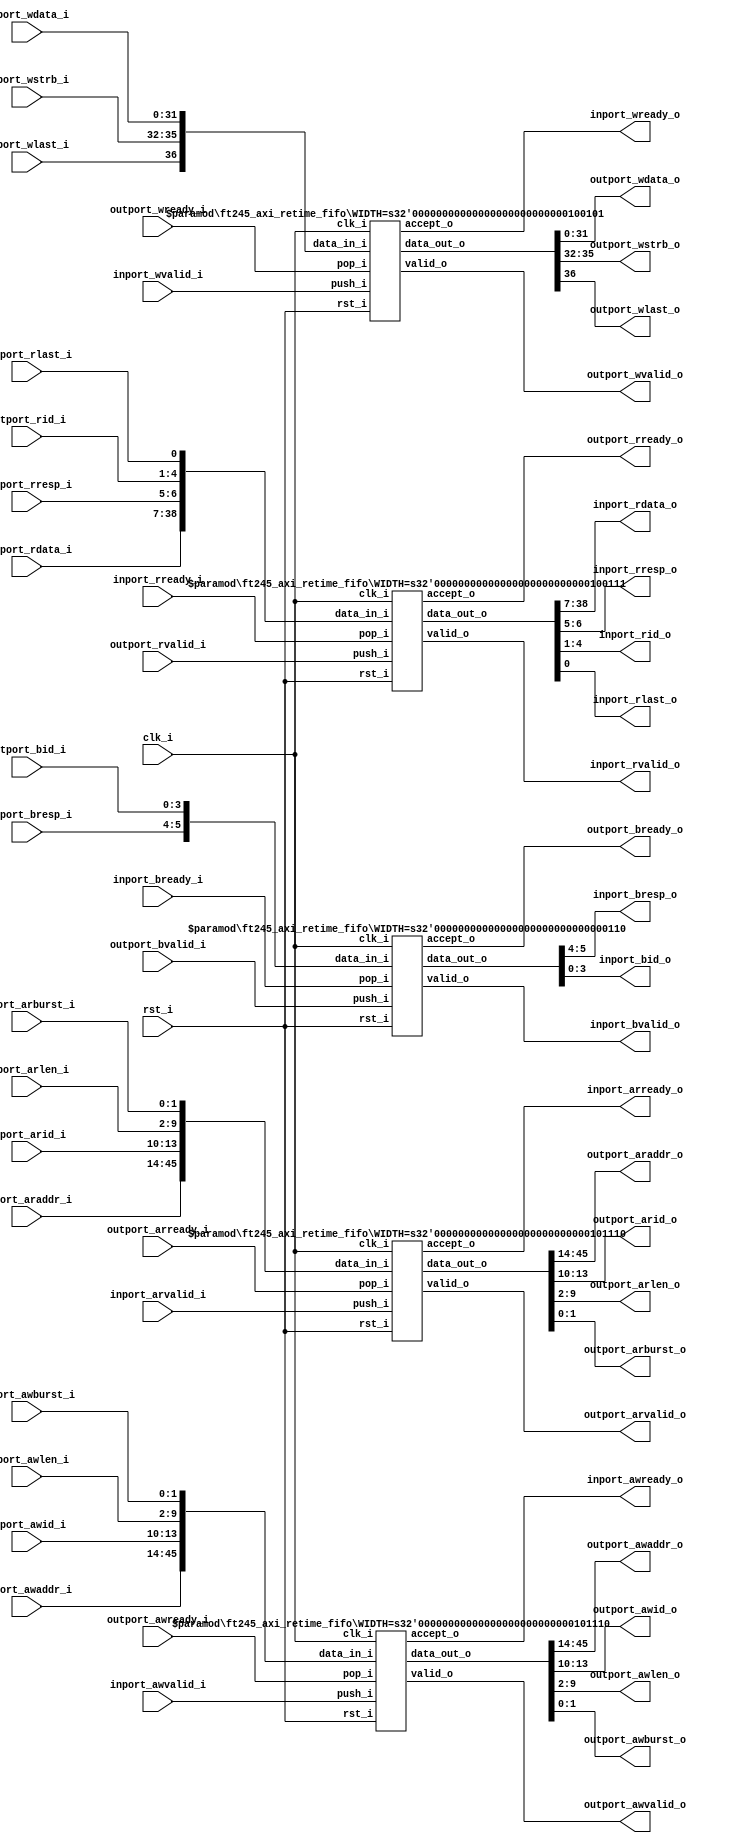
//-----------------------------------------------------------------
//                         open-logic-bit
//                            V0.1
//                        Copyright 2021
//              github.com/ultraembedded/openlogicbit
//
//                   admin@ultra-embedded.com
//
//                     License: Apache 2.0
//-----------------------------------------------------------------
// Copyright 2021 Ultra-Embedded.com
// 
// Licensed under the Apache License, Version 2.0 (the "License");
// you may not use this file except in compliance with the License.
// You may obtain a copy of the License at
// 
//     http://www.apache.org/licenses/LICENSE-2.0
// 
// Unless required by applicable law or agreed to in writing, software
// distributed under the License is distributed on an "AS IS" BASIS,
// WITHOUT WARRANTIES OR CONDITIONS OF ANY KIND, either express or implied.
// See the License for the specific language governing permissions and
// limitations under the License.
//-----------------------------------------------------------------
module ft245_axi_retime
//-----------------------------------------------------------------
// Params
//-----------------------------------------------------------------
#(
     parameter AXI4_RETIME_WR_REQ = 1
    ,parameter AXI4_RETIME_WR_RESP = 1
    ,parameter AXI4_RETIME_RD_REQ = 1
    ,parameter AXI4_RETIME_RD_RESP = 1
)
//-----------------------------------------------------------------
// Ports
//-----------------------------------------------------------------
(
    // Inputs
     input           clk_i
    ,input           rst_i
    ,input           inport_awvalid_i
    ,input  [ 31:0]  inport_awaddr_i
    ,input  [  3:0]  inport_awid_i
    ,input  [  7:0]  inport_awlen_i
    ,input  [  1:0]  inport_awburst_i
    ,input           inport_wvalid_i
    ,input  [ 31:0]  inport_wdata_i
    ,input  [  3:0]  inport_wstrb_i
    ,input           inport_wlast_i
    ,input           inport_bready_i
    ,input           inport_arvalid_i
    ,input  [ 31:0]  inport_araddr_i
    ,input  [  3:0]  inport_arid_i
    ,input  [  7:0]  inport_arlen_i
    ,input  [  1:0]  inport_arburst_i
    ,input           inport_rready_i
    ,input           outport_awready_i
    ,input           outport_wready_i
    ,input           outport_bvalid_i
    ,input  [  1:0]  outport_bresp_i
    ,input  [  3:0]  outport_bid_i
    ,input           outport_arready_i
    ,input           outport_rvalid_i
    ,input  [ 31:0]  outport_rdata_i
    ,input  [  1:0]  outport_rresp_i
    ,input  [  3:0]  outport_rid_i
    ,input           outport_rlast_i

    // Outputs
    ,output          inport_awready_o
    ,output          inport_wready_o
    ,output          inport_bvalid_o
    ,output [  1:0]  inport_bresp_o
    ,output [  3:0]  inport_bid_o
    ,output          inport_arready_o
    ,output          inport_rvalid_o
    ,output [ 31:0]  inport_rdata_o
    ,output [  1:0]  inport_rresp_o
    ,output [  3:0]  inport_rid_o
    ,output          inport_rlast_o
    ,output          outport_awvalid_o
    ,output [ 31:0]  outport_awaddr_o
    ,output [  3:0]  outport_awid_o
    ,output [  7:0]  outport_awlen_o
    ,output [  1:0]  outport_awburst_o
    ,output          outport_wvalid_o
    ,output [ 31:0]  outport_wdata_o
    ,output [  3:0]  outport_wstrb_o
    ,output          outport_wlast_o
    ,output          outport_bready_o
    ,output          outport_arvalid_o
    ,output [ 31:0]  outport_araddr_o
    ,output [  3:0]  outport_arid_o
    ,output [  7:0]  outport_arlen_o
    ,output [  1:0]  outport_arburst_o
    ,output          outport_rready_o
);



//-----------------------------------------------------------------
// Write Command Request
//-----------------------------------------------------------------
localparam WRITE_CMD_REQ_W = 32 + 4 + 8 + 2;

generate
if (AXI4_RETIME_WR_REQ)
begin
    wire [WRITE_CMD_REQ_W-1:0] write_cmd_req_out_w;

    ft245_axi_retime_fifo
    #( .WIDTH(WRITE_CMD_REQ_W) )
    u_write_cmd_req
    (
        .clk_i(clk_i),
        .rst_i(rst_i),

        .push_i(inport_awvalid_i),
        .data_in_i({inport_awaddr_i, inport_awid_i, inport_awlen_i, inport_awburst_i}),
        .accept_o(inport_awready_o),

        .valid_o(outport_awvalid_o),
        .data_out_o(write_cmd_req_out_w),
        .pop_i(outport_awready_i)
    );

    assign {outport_awaddr_o, outport_awid_o, outport_awlen_o, outport_awburst_o} = write_cmd_req_out_w;
end
else
begin
    assign outport_awvalid_o = inport_awvalid_i;
    assign {outport_awaddr_o, outport_awid_o, outport_awlen_o, outport_awburst_o} = {inport_awaddr_i, inport_awid_i, inport_awlen_i, inport_awburst_i};
    assign inport_awready_o = outport_awready_i;
end
endgenerate

//-----------------------------------------------------------------
// Write Data Request
//-----------------------------------------------------------------
localparam WRITE_DATA_REQ_W = 32 + 4 + 1;

generate
if (AXI4_RETIME_WR_REQ)
begin
    wire [WRITE_DATA_REQ_W-1:0] write_data_req_out_w;

    ft245_axi_retime_fifo
    #( .WIDTH(WRITE_DATA_REQ_W) )
    u_write_data_req
    (
        .clk_i(clk_i),
        .rst_i(rst_i),

        .push_i(inport_wvalid_i),
        .data_in_i({inport_wlast_i, inport_wstrb_i, inport_wdata_i}),
        .accept_o(inport_wready_o),

        .valid_o(outport_wvalid_o),
        .data_out_o(write_data_req_out_w),
        .pop_i(outport_wready_i)
    );

    assign {outport_wlast_o, outport_wstrb_o, outport_wdata_o} = write_data_req_out_w;
end
else
begin
    assign outport_wvalid_o = inport_wvalid_i;
    assign {outport_wlast_o, outport_wstrb_o, outport_wdata_o} = {inport_wlast_i, inport_wstrb_i, inport_wdata_i};
    assign inport_wready_o = outport_wready_i;
end
endgenerate
//-----------------------------------------------------------------
// Write Response
//-----------------------------------------------------------------
localparam WRITE_RESP_W = 2 + 4;

generate
if (AXI4_RETIME_WR_RESP)
begin
    wire [WRITE_RESP_W-1:0] write_resp_out_w;

    ft245_axi_retime_fifo
    #( .WIDTH(WRITE_RESP_W) )
    u_write_resp
    (
        .clk_i(clk_i),
        .rst_i(rst_i),

        .push_i(outport_bvalid_i),
        .data_in_i({outport_bresp_i, outport_bid_i}),
        .accept_o(outport_bready_o),

        .valid_o(inport_bvalid_o),
        .data_out_o(write_resp_out_w),
        .pop_i(inport_bready_i)
    );

    assign {inport_bresp_o, inport_bid_o} = write_resp_out_w;
end
else
begin
    assign inport_bvalid_o = outport_bvalid_i;
    assign {inport_bresp_o, inport_bid_o} = {outport_bresp_i, outport_bid_i};
    assign outport_bready_o = inport_bready_i;
end
endgenerate

//-----------------------------------------------------------------
// Read Request
//-----------------------------------------------------------------
localparam READ_REQ_W = 32 + 4 + 8 + 2;

generate
if (AXI4_RETIME_RD_REQ)
begin
    wire [READ_REQ_W-1:0] read_req_out_w;

    ft245_axi_retime_fifo
    #( .WIDTH(READ_REQ_W) )
    u_read_req
    (
        .clk_i(clk_i),
        .rst_i(rst_i),

        .push_i(inport_arvalid_i),
        .data_in_i({inport_araddr_i, inport_arid_i, inport_arlen_i, inport_arburst_i}),
        .accept_o(inport_arready_o),

        .valid_o(outport_arvalid_o),
        .data_out_o(read_req_out_w),
        .pop_i(outport_arready_i)
    );

    assign {outport_araddr_o, outport_arid_o, outport_arlen_o, outport_arburst_o} = read_req_out_w;
end
else
begin
    assign outport_arvalid_o = inport_arvalid_i;
    assign {outport_araddr_o, outport_arid_o, outport_arlen_o, outport_arburst_o} = {inport_araddr_i, inport_arid_i, inport_arlen_i, inport_arburst_i};
    assign inport_arready_o = outport_arready_i;
end
endgenerate

//-----------------------------------------------------------------
// Read Response
//-----------------------------------------------------------------
localparam READ_RESP_W = 32 + 2 + 4 + 1;

generate
if (AXI4_RETIME_RD_RESP)
begin
    wire [READ_RESP_W-1:0] read_resp_out_w;

    ft245_axi_retime_fifo
    #( .WIDTH(READ_RESP_W) )
    u_read_resp
    (
        .clk_i(clk_i),
        .rst_i(rst_i),

        .push_i(outport_rvalid_i),
        .data_in_i({outport_rdata_i, outport_rresp_i, outport_rid_i, outport_rlast_i}),
        .accept_o(outport_rready_o),

        .valid_o(inport_rvalid_o),
        .data_out_o(read_resp_out_w),
        .pop_i(inport_rready_i)
    );

    assign {inport_rdata_o, inport_rresp_o, inport_rid_o, inport_rlast_o} = read_resp_out_w;
end
else
begin
    assign inport_rvalid_o = outport_rvalid_i;
    assign {inport_rdata_o, inport_rresp_o, inport_rid_o, inport_rlast_o} = {outport_rdata_i, outport_rresp_i, outport_rid_i, outport_rlast_i};
    assign outport_rready_o = inport_rready_i;
end
endgenerate

endmodule

//-----------------------------------------------------------------
//                       FIFO modules
//-----------------------------------------------------------------
module ft245_axi_retime_fifo
//-----------------------------------------------------------------
// Params
//-----------------------------------------------------------------
#(
    parameter WIDTH   = 8,
    parameter DEPTH   = 2,
    parameter ADDR_W  = 1
)
//-----------------------------------------------------------------
// Ports
//-----------------------------------------------------------------
(
    // Inputs
     input               clk_i
    ,input               rst_i
    ,input  [WIDTH-1:0]  data_in_i
    ,input               push_i
    ,input               pop_i

    // Outputs
    ,output [WIDTH-1:0]  data_out_o
    ,output              accept_o
    ,output              valid_o
);

//-----------------------------------------------------------------
// Local Params
//-----------------------------------------------------------------
localparam COUNT_W = ADDR_W + 1;

//-----------------------------------------------------------------
// Registers
//-----------------------------------------------------------------
reg [WIDTH-1:0]   ram_q[DEPTH-1:0];
reg [ADDR_W-1:0]  rd_ptr_q;
reg [ADDR_W-1:0]  wr_ptr_q;
reg [COUNT_W-1:0] count_q;

//-----------------------------------------------------------------
// Sequential
//-----------------------------------------------------------------
always @ (posedge clk_i )
if (rst_i)
begin
    count_q   <= {(COUNT_W) {1'b0}};
    rd_ptr_q  <= {(ADDR_W) {1'b0}};
    wr_ptr_q  <= {(ADDR_W) {1'b0}};
end
else
begin
    // Push
    if (push_i & accept_o)
    begin
        ram_q[wr_ptr_q] <= data_in_i;
        wr_ptr_q        <= wr_ptr_q + 1;
    end

    // Pop
    if (pop_i & valid_o)
        rd_ptr_q      <= rd_ptr_q + 1;

    // Count up
    if ((push_i & accept_o) & ~(pop_i & valid_o))
        count_q <= count_q + 1;
    // Count down
    else if (~(push_i & accept_o) & (pop_i & valid_o))
        count_q <= count_q - 1;
end

//-------------------------------------------------------------------
// Combinatorial
//-------------------------------------------------------------------
/* verilator lint_off WIDTH */
assign valid_o       = (count_q != 0);
assign accept_o      = (count_q != DEPTH);
/* verilator lint_on WIDTH */

assign data_out_o    = ram_q[rd_ptr_q];



endmodule